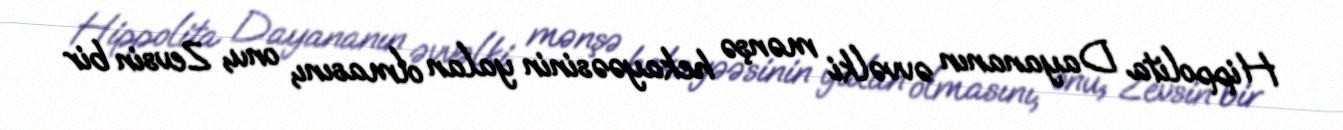
Hippolita Dayananın əvvəlki mənşə hekayəəsinin yalan olmasını, onu, Zevsin bir